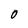
Character: O